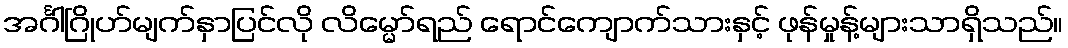
အင်္ဂါဂြိုဟ်မျက်နှာပြင်လို လိမ္မော်ရည် ရောင်ကျောက်သားနှင့် ဖုန်မှုန့်များသာရှိသည်။